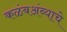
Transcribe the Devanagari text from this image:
कळंबअंब्याचे